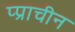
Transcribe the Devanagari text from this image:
प्प्राचीन